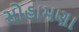
સોહામણા